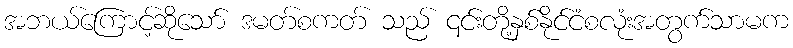
အဘယ်ကြောင့်ဆိုသော် ဒမတ်စကတ် သည် ၎င်းတို့နှစ်နိုင်ငံစလုံးအတွက်သာမက